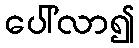
ပေါ်လာ၍